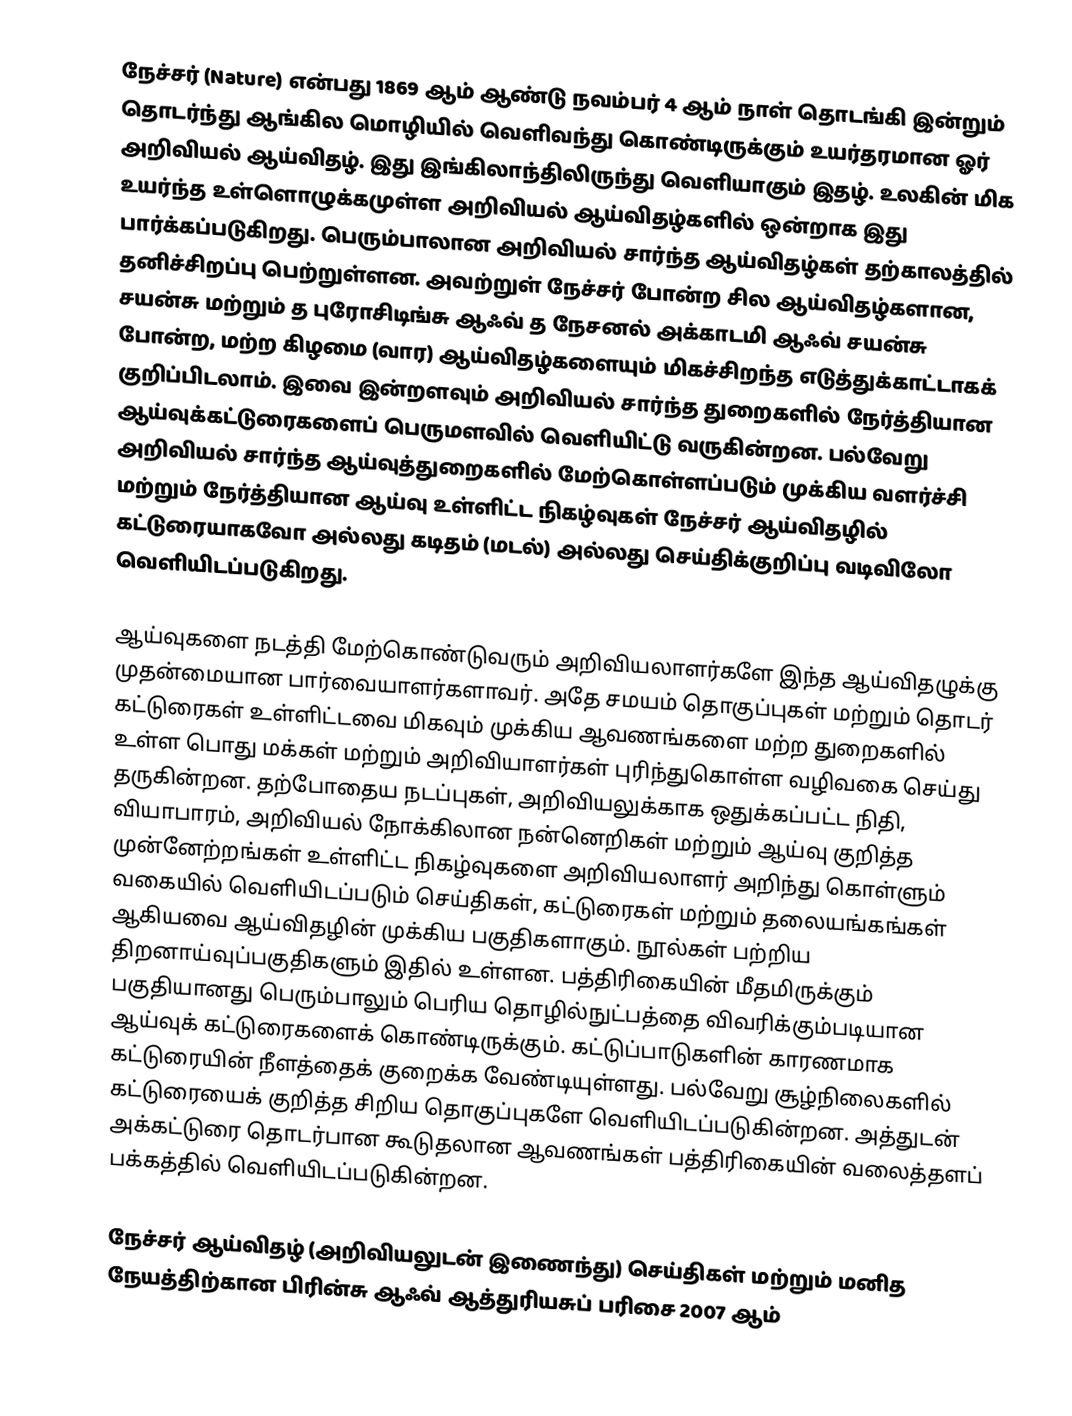
நேச்சர்  (Nature) என்பது 1869 ஆம் ஆண்டு நவம்பர் 4 ஆம் நாள் தொடங்கி இன்றும் தொடர்ந்து ஆங்கில மொழியில் வெளிவந்து கொண்டிருக்கும் உயர்தரமான ஓர் அறிவியல் ஆய்விதழ். இது இங்கிலாந்திலிருந்து வெளியாகும் இதழ். உலகின் மிக உயர்ந்த உள்ளொழுக்கமுள்ள அறிவியல் ஆய்விதழ்களில் ஒன்றாக இது பார்க்கப்படுகிறது. பெரும்பாலான அறிவியல் சார்ந்த ஆய்விதழ்கள் தற்காலத்தில் தனிச்சிறப்பு பெற்றுள்ளன. அவற்றுள் நேச்சர் போன்ற சில ஆய்விதழ்களான, சயன்சு  மற்றும் த புரோசிடிங்சு ஆஃவ் த நேசனல் அக்காடமி ஆஃவ் சயன்சு  போன்ற, மற்ற கிழமை (வார) ஆய்விதழ்களையும் மிகச்சிறந்த எடுத்துக்காட்டாகக் குறிப்பிடலாம். இவை இன்றளவும் அறிவியல் சார்ந்த துறைகளில் நேர்த்தியான ஆய்வுக்கட்டுரைகளைப் பெருமளவில் வெளியிட்டு வருகின்றன. பல்வேறு அறிவியல் சார்ந்த ஆய்வுத்துறைகளில் மேற்கொள்ளப்படும் முக்கிய வளர்ச்சி மற்றும் நேர்த்தியான ஆய்வு உள்ளிட்ட நிகழ்வுகள் நேச்சர்  ஆய்விதழில் கட்டுரையாகவோ அல்லது கடிதம் (மடல்) அல்லது செய்திக்குறிப்பு வடிவிலோ வெளியிடப்படுகிறது.

ஆய்வுகளை நடத்தி மேற்கொண்டுவரும் அறிவியலாளர்களே இந்த ஆய்விதழுக்கு முதன்மையான பார்வையாளர்களாவர். அதே சமயம் தொகுப்புகள் மற்றும் தொடர் கட்டுரைகள் உள்ளிட்டவை மிகவும் முக்கிய ஆவணங்களை மற்ற துறைகளில் உள்ள பொது மக்கள் மற்றும் அறிவியாளர்கள் புரிந்துகொள்ள வழிவகை செய்து தருகின்றன. தற்போதைய நடப்புகள், அறிவியலுக்காக ஒதுக்கப்பட்ட நிதி, வியாபாரம், அறிவியல் நோக்கிலான நன்னெறிகள் மற்றும் ஆய்வு குறித்த முன்னேற்றங்கள் உள்ளிட்ட நிகழ்வுகளை அறிவியலாளர் அறிந்து கொள்ளும் வகையில் வெளியிடப்படும் செய்திகள், கட்டுரைகள் மற்றும் தலையங்கங்கள் ஆகியவை ஆய்விதழின் முக்கிய பகுதிகளாகும். நூல்கள் பற்றிய திறனாய்வுப்பகுதிகளும் இதில் உள்ளன. பத்திரிகையின் மீதமிருக்கும் பகுதியானது பெரும்பாலும் பெரிய தொழில்நுட்பத்தை விவரிக்கும்படியான ஆய்வுக் கட்டுரைகளைக் கொண்டிருக்கும். கட்டுப்பாடுகளின் காரணமாக கட்டுரையின் நீளத்தைக் குறைக்க வேண்டியுள்ளது. பல்வேறு சூழ்நிலைகளில் கட்டுரையைக் குறித்த சிறிய தொகுப்புகளே வெளியிடப்படுகின்றன. அத்துடன் அக்கட்டுரை தொடர்பான கூடுதலான ஆவணங்கள் பத்திரிகையின் வலைத்தளப் பக்கத்தில் வெளியிடப்படுகின்றன.

நேச்சர் ஆய்விதழ் (அறிவியலுடன் இணைந்து) செய்திகள் மற்றும் மனித நேயத்திற்கான பிரின்சு ஆஃவ் ஆத்துரியசுப் பரிசை 2007 ஆம்